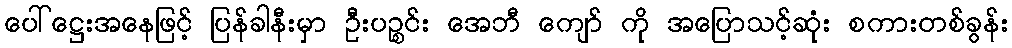
ပေါ်ဋ္ဌေးအနေဖြင့် ပြန်ခါနီးမှာ ဦးပဉ္စင်း အေဘီ ကျော် ကို အပြောသင့်ဆုံး စကားတစ်ခွန်း